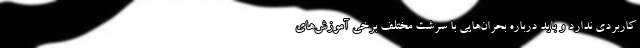
کاربردی ندارد و باید درباره بحران‌هایی با سرشت مختلف برخی آموزش‌های